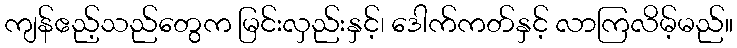
ကျန်ဧည့်သည်တွေက မြင်းလှည်းနှင့်၊ ဒေါက်ကတ်နှင့် လာကြလိမ့်မည်။